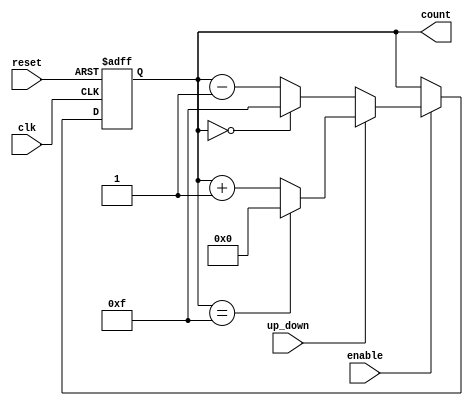
module synchronous_counter (
    input wire clk,          // Clock signal
    input wire reset,        // Asynchronous reset signal
    input wire enable,       // Enable signal
    input wire up_down,      // Count direction (1 for up, 0 for down)
    output reg [N-1:0] count // Counter output (N-bit wide)
);

parameter N = 4; // Specify the bit width of the counter (e.g., 4 bits)

always @(posedge clk or posedge reset) begin
    if (reset) begin
        count <= 0; // Asynchronous reset to zero
    end else if (enable) begin
        if (up_down) begin
            // Count up with overflow handling
            if (count == (1 << N) - 1) begin
                count <= 0; // Reset to zero on overflow
            end else begin
                count <= count + 1; // Increment
            end
        end else begin
            // Count down with underflow handling
            if (count == 0) begin
                count <= (1 << N) - 1; // Reset to max value on underflow
            end else begin
                count <= count - 1; // Decrement
            end
        end
    end
end

endmodule